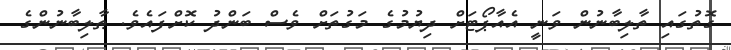
ގޮތުގައި ތާލިބާނުން ވަނީ އެއާޕޯޓަށް ދިޔުމުގެ މަގުތަށް ވެސް ބަންދު ކޮށްފައެވެ. ޠާލިބާނުންގެ